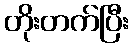
တိုးတက်ပြီး